Report on vaccination in Madras 1904-1921 - 1904-1921
Year: 1904
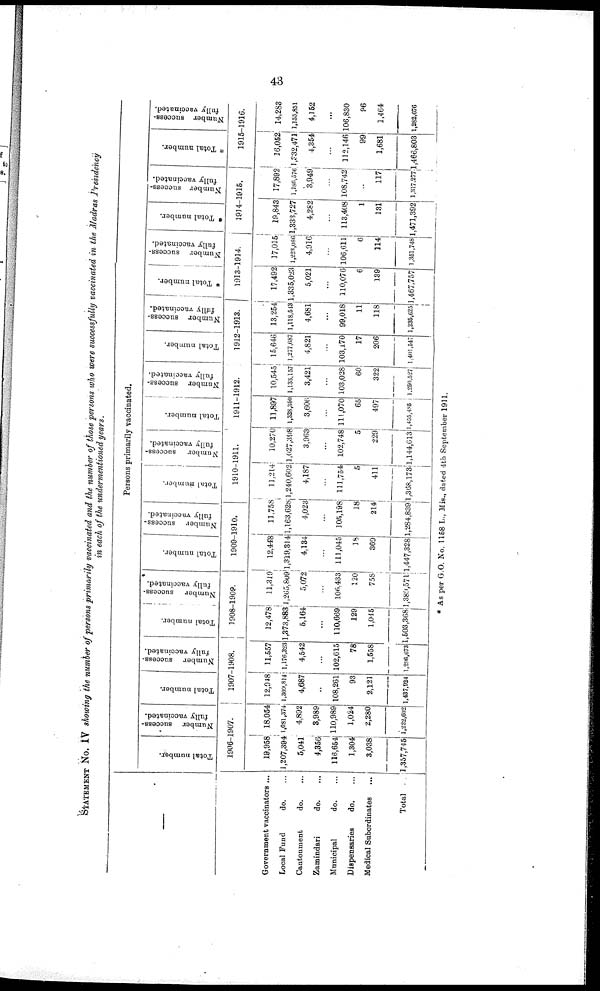
43
STATEMENT No. IV showing the number of persons primarily vaccinated and the number of those persons who were successfully vaccinated in the Madras Presidency
in each of the undermentioned years.
—
Government vaccinators ...
Local Fund
do. ...
Cantonment
do.
...
Zamindari
do. ...
Municipal
do. ...
Dispensaries
do. ...
Medical Subordinates ...
Total ...
Persons primarily vaccinated.
Total number.
Number success-
fully vaccinated.
1906-1907.
19,958
1,207,394
5,041
4,356
116,654
1,304
3,038
1,357,745
18,054
1,081,374
4,892
8,989
110,989
1,024
2,280
1,222,602
Total number.
Number success-
fully vaccinated.
1907-1908.
12,918
1,309,814
4,687
...
108,261
93
2,121
1,437,924
11,557
1,176,323
4,542
...
102,615
78
1,558
1,296,673
Total number.
Number success-
fully vaccinated.
1908-1909.
12,478
1,373,883
5,164
...
110,669
129
1,045
1,503,368
11,319
1,265,809
5,072
...
106,433
120
758
1,389,571
Total number.
Number success-
fully vaccinated.
1909-1910.
12,448
1,319,314
4,134
...
111,045
18
369
1,447,328
11,758
l,163,628
4,023
...
105,198
18
214
1,284,839
Total number.
Number
success-
fully vaccinated.
1910-1911.
11,214
1,240,602
4,187
...
111,754
5
411
1,368,173
10,270
1,027,398
3,963
...
102,748
5
229
1,144,613
Total number.
Number success-
fully vaccinated.
1911-1912.
11,897
1,328,350
3,606
...
111,070
65
497
1,455,485
10,545
1,133,157
3,421
...
103,028
60
322
1,260,527
Total number.
Number success-
fully vaccinated.
1912-1913.
15,646
1,277,687
4,821
...
103,170
17
206
1,401,547
13,254
1,118,513
4,681
...
99,018
11
118
1,235,625
* Total number.
Number success-
fully vaccinated.
1913-1914.
17,492
1,335,023
5,021
...
110,076
6
139
1,467,757
17,015
1,223,086
4,916
...
106,611
6
114
1,351,748
* Total number.
Number success-
fully vaccinated.
1914-1915.
19,843
1,333,727
4,282
...
113,408
1
131
1,471,392
17,892
1,186,576
3,949
...
108,742
...
117
1,317,277
* Total number.
Number success-
fully vaccinated.
1915-1916.
16,052
1,332,471
4,354
...
112,146
99
1,681
1,466,803
14,283
1,155,851
4,152
...
106,830
96
1,464
1,282,676
* As per G.O. No. 1158 L., Mis., dated 4th September 1911.